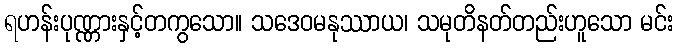
ရဟန်းပုဏ္ဏားနှင့်တကွသော။ သဒေဝမနုဿာယ၊ သမုတိနတ်တည်းဟူသော မင်း